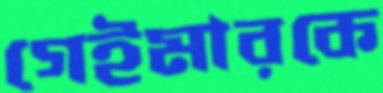
গেইমারকে